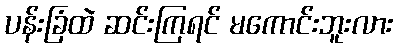
ပန်းခြံထဲ ဆင်းကြရင် မကောင်းဘူးလား